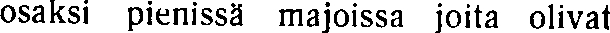
osaksi pienissä majoissa joita olivat